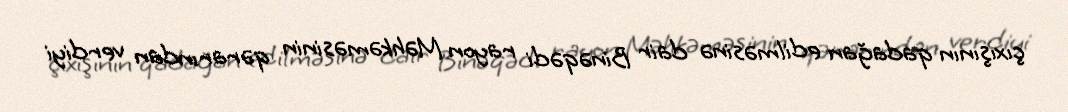
çıxışının qadağan edilməsinə dair Binəqədi rayon Məhkəməsinin qərarından verdiyi